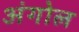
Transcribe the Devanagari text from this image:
अंगोल